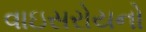
વાઇસરોયનો